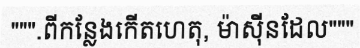
""".ពីកន្លែងកើតហេតុ, ម៉ាស៊ីនដែល"""